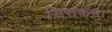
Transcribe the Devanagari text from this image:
सिसकता